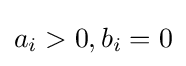
a_{i}>0,b_{i}=0